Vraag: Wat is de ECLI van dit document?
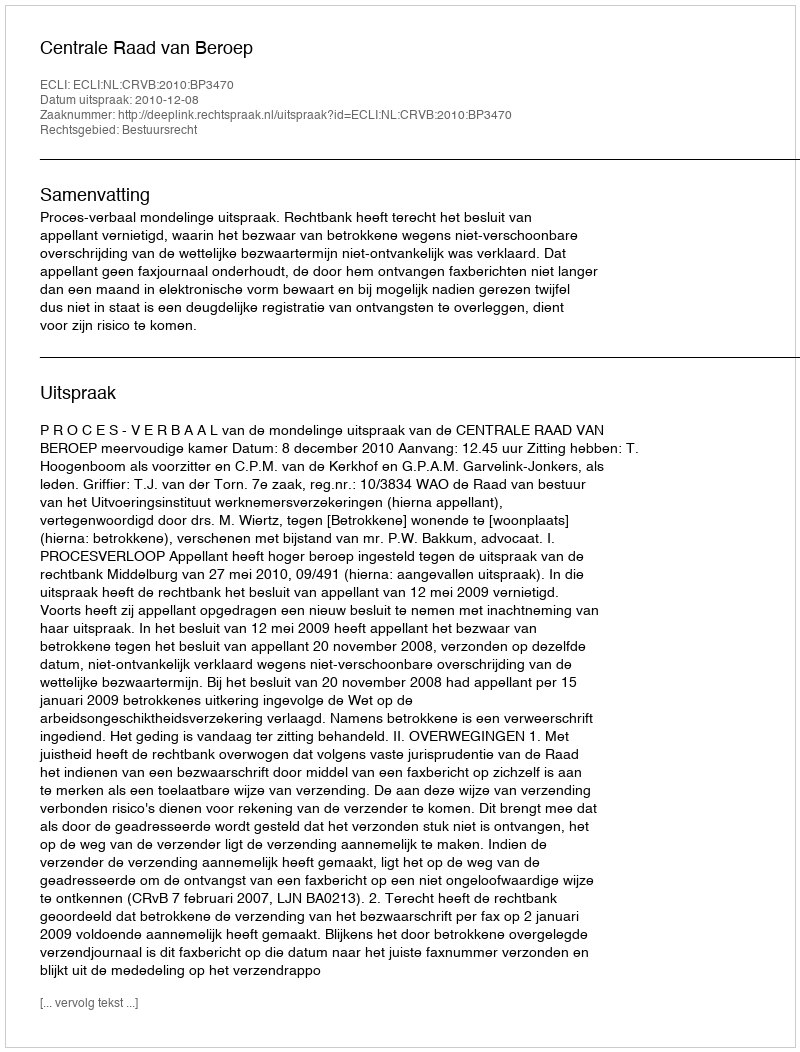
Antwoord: ECLI:NL:CRVB:2010:BP3470